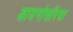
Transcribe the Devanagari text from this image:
डायनोसॉरचा